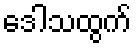
ဒေါသထွက်